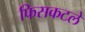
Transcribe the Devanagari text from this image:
फिसकटले